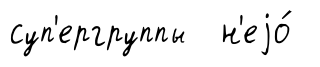
суп'ергруппы н'еjо́